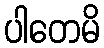
ပါတေမိ